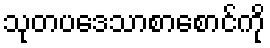
သုတပဒေသာစာစောင်ကို